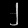
Digit: ၂